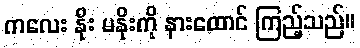
ကလေး နိုး မနိုးကို နားထောင် ကြည့်သည်။